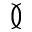
\between